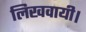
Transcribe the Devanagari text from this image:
लिखवायी।